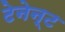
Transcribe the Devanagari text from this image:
टेनेन्ट